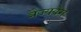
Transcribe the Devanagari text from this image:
त्रैज्यवेग